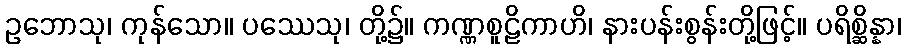
ဥဘောသု၊ ကုန်သော။ ပဿေသု၊ တို့၌။ ကဏ္ဏစူဠိကာဟိ၊ နားပန်းစွန်းတို့ဖြင့်။ ပရိစ္ဆိန္နာ၊